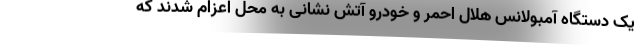
یک دستگاه آمبولانس هلال احمر و خودرو آتش نشانی به محل اعزام شدند که